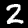
Label: 2